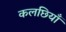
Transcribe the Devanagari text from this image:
कलछियाँ